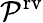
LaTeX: \mathcal{P}^{\mathrm{{rv}}}